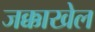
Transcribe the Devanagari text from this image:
जक्काखेल